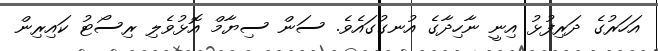
އަހަރުގެ ދަަރިފުޅު އިނީ ނާހިދާގެ އުނގުގައެވެ. ސަން ސިޔާމް އޮޅުވެލި ރިސޯޓު ކައިރިން